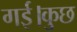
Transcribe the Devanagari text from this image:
गई।कुछ